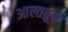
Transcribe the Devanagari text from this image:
आल्तब्रून